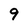
Character: 9